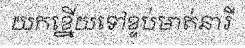
យកខ្នើយទៅខ្ទប់មាត់នារី